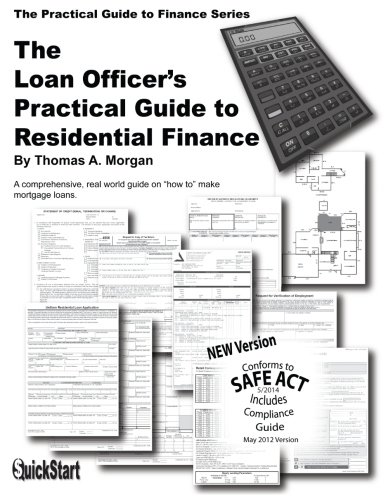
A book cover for The Loan Officer's Practical Guide to Residential Finance - SAFE Act Version; Thomas A Morgan; Business & Money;